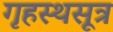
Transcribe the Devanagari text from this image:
गृहस्थसूत्र